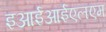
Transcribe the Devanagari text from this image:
इआईआईएलएम